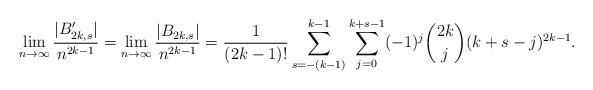
LaTeX: \begin{align*}\lim_{n\to \infty}\frac{|B_{2k,s}'|}{n^{2k-1}}=\lim_{n\to \infty}\frac{|B_{2k,s}|}{n^{2k-1}}&=\frac{1}{(2k-1)!}\sum_{s=-(k-1)}^{k-1}\sum_{j=0}^{k+s-1}(-1)^j\binom{2k}{j}(k+s-j)^{2k-1}.\end{align*}